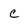
Character: c